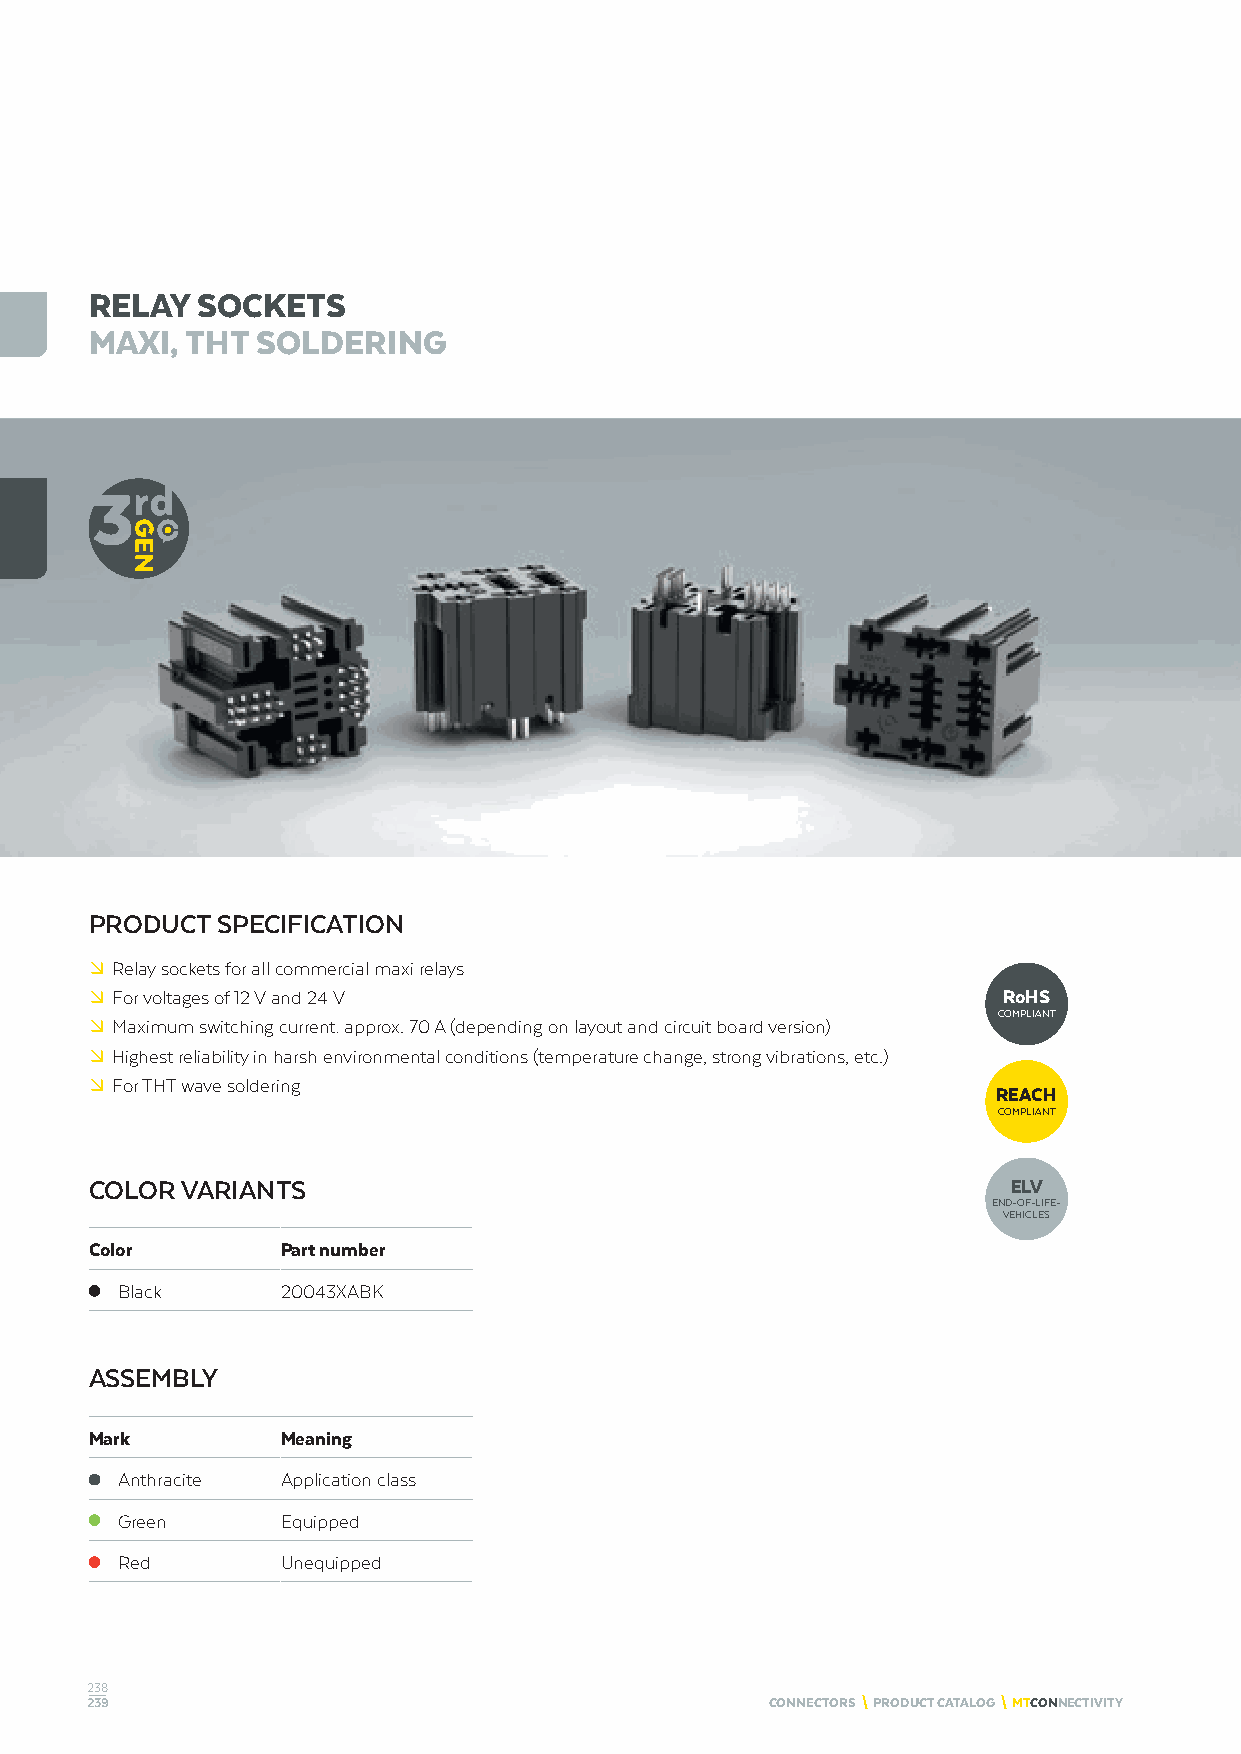
RELAY  SOCKETS
 MAXI, THT  SOLDERING
 PRODUCT SPECIFICATION
 º Relay sockets for all commercial maxi relays
 º For voltages of 12 V and 24 V                             RoHS
 COMPLIANT
 º Maximum switching current: approx. 70 A (depending on layout and circuit board version)
 º Highest reliability in harsh environmental conditions (temperature change, strong vibrations, etc.)
 º For THT wave soldering
 REACH
 COMPLIANT
 COLOR VARIANTS                                               ELV
 END-OF-LIFE-
 VEHICLES
 Color        Part number
 Black      20043XABK
 ASSEMBLY
 Mark         Meaning
 Anthracite Application class
 Green      Equipped
 Red        Unequipped
 238
 239                                          CONNECTORS \ PRODUCT CATALOG \ MTCONNECTIVITY